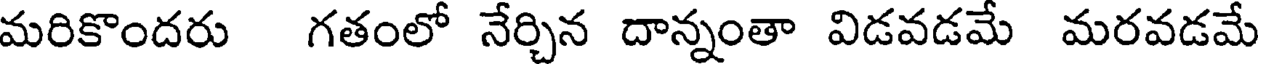
మరికొందరు గతంలో నేర్చిన దాన్నంతా విడవడమే మరవడమే